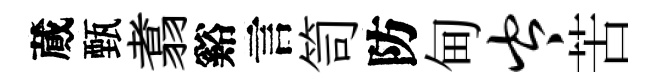
蕆甄翥谿言笥防甸岑苦